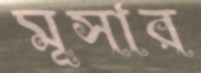
মূসার